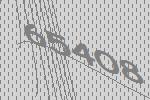
65408